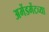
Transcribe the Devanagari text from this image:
अमेंडमेंटच्या